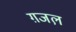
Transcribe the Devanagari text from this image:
ग़जल़